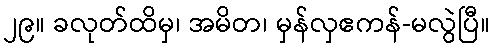
၂၉။ ခလုတ်ထိမှ၊ အမိတ၊ မှန်လှဧကန်-မလွဲပြီ။